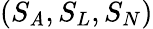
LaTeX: (S_{\mathit{A}},S_{L},S_{N})